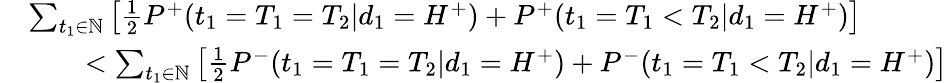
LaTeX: \begin{array}{rl}&{\sum_{t_{1}\in\mathbb{N}}\left[\frac{1}{2}P^{+}(t_{1}=T_{1}=T_{2}|d_{1}=H^{+})+P^{+}(t_{1}=T_{1}<T_{2}|d_{1}=H^{+})\right]}\\ &{\qquad<\sum_{t_{1}\in\mathbb{N}}\left[\frac{1}{2}P^{-}(t_{1}=T_{1}=T_{2}|d_{1}=H^{+})+P^{-}(t_{1}=T_{1}<T_{2}|d_{1}=H^{+})\right]}\end{array}